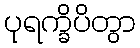
ပုရက္ခိပိတွာ